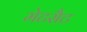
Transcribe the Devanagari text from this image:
मेटसैट